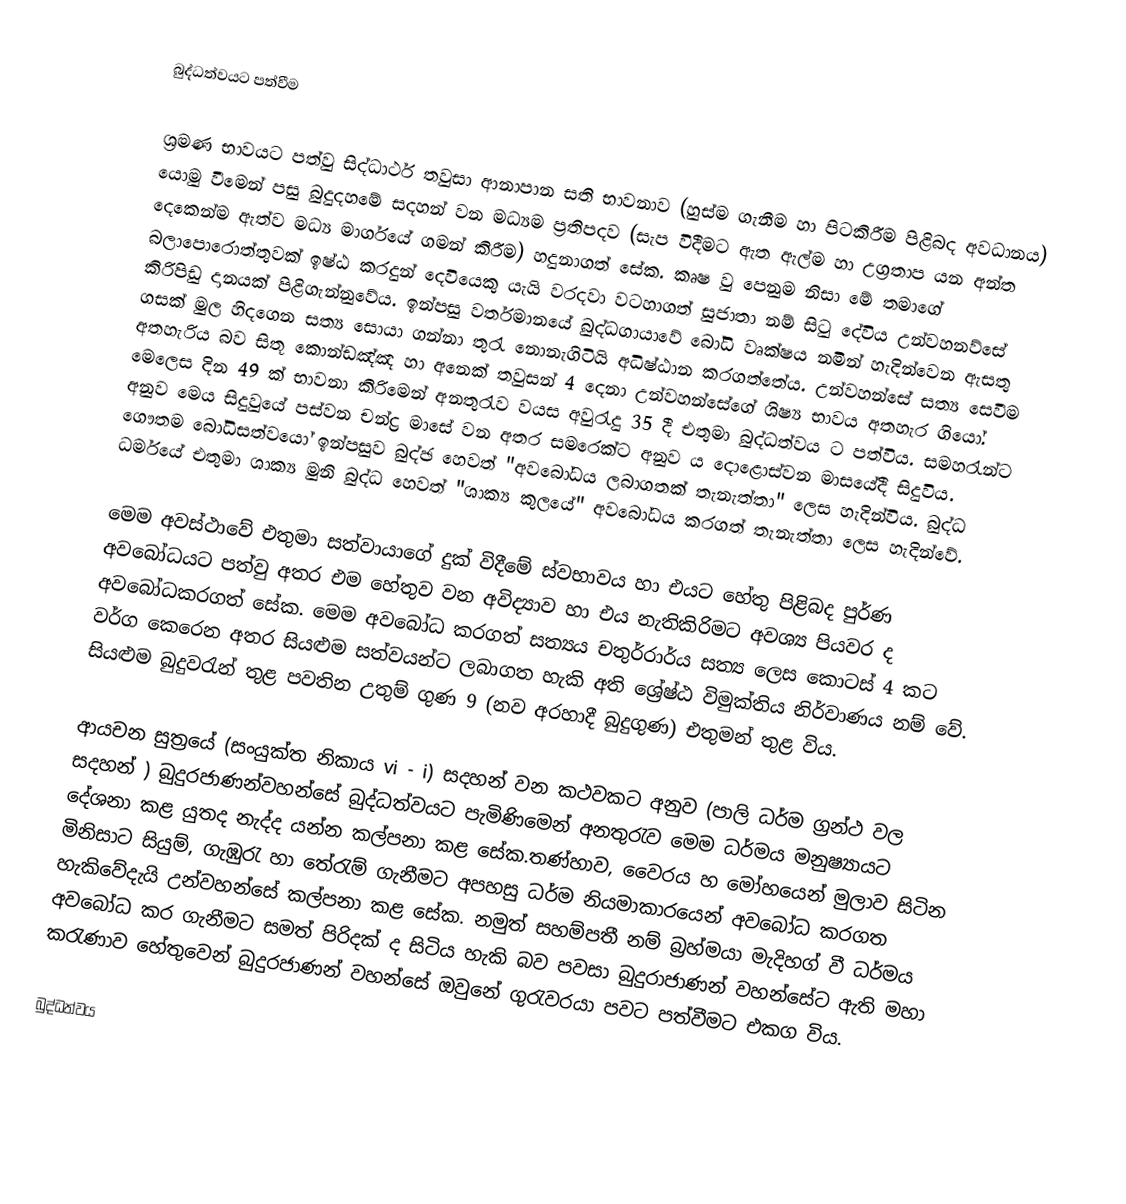
බුද්ධත්වයට පත්වීම

ශ්‍රමණ භාවයට පත්වු සිද්ධාර්ථ තවුසා ආනාපාන සති භාවනාව (හුස්ම ගැනීම හා පිටකිරීම පිළිබද අවධානය) යොමු වීමෙන් පසු බුදුදහමේ සදහන් වන මධ්‍යම ප්‍රතිපදව (සැප විදීමට ඇත ඇල්ම හා උග්‍රතාප යන අන්ත දෙකෙන්ම ඇත්ව මධ්‍ය මාර්ගයේ ගමන් කිරීම) හදුනාගත් සේක. කෘෂ වු පෙනුම නිසා මේ තමාගේ බලාපොරොත්තුවක් ඉෂ්ඨ කරදුන් දෙවියෙකු යැයි වරදවා වටහාගත් සුජාතා නම් සිටු දේවිය උන්වහනව්සේ කිරිපිඩු දානයක් පිළිගැන්නුවේය. ඉන්පසු වර්තමානයේ බුද්ධගායාවේ බෝධි වෘක්ෂය නමින් හැදින්වෙන ඇසතු ‍ගසක් මුල හිදගෙන සත්‍ය සොයා ගන්නා තුරැ නොනැගිටියි අධිෂ්ඨාන කරගත්තේය. උන්වහන්සේ සත්‍ය සෙවීම අතහැරිය බව සිතූ කොන්ඩඤ්ඤ හා අනෙක් තවුසන් 4 දෙනා උන්වහන්සේගේ ශිෂ්‍ය භාවය අතහැර ගියෝ. මෙලෙස දින 49 ක් භාවනා කිරිමෙන් අනතුරැව වයස අවුරැදු 35 දී එතුමා බුද්ධත්වය ට පත්විය. සමහරැන්ට අනුව මෙය සිදුවුයේ පස්වන චන්ද්‍ර මාසේ වන අතර සමරෙක්ට අනුව ය දොළොස්වන මා‍සයේදී සිදුවිය. ගෞතම බෝධිසත්වයෝ ඉන්පසුව බුද්ඡ හෙවත් "අවබෝධය ලබාගතක් තැනැත්තා" ලෙස හැදින්විය. බුද්ධ ධර්මයේ එතුමා‍ ශාක්‍ය මුනි බුද්ධ හෙවත් "ශාක්‍ය කුලයේ" අවබෝධය කරගත් තැනැත්තා ලෙස හැදින්වේ.

	මෙම අවස්ථාවේ එතුමා සත්වායාගේ දුක් විදීමේ ස්වභාවය හා එයට හේතු පිළිබද පුර්ණ අවබෝධයට පත්වු අතර එම හේතුව වන අවිද්‍යාව හා එය නැතිකිරිමට අවශ්‍ය පියවර ද අවබෝධකරගත් සේක. මෙම අවබෝධ කරගත් සත්‍යය චතුර්රාර්ය සත්‍ය ලෙස කොටස් 4 කට වර්ග කෙරෙන අතර සියළුම සත්වයන්ට ලබාගත හැකි අති ශ්‍රේෂ්ඨ විමුක්තිය නිර්වාණය නම් වේ. සියළුම බුදුවරැන් තුළ පවතින උතුම් ගුණ 9 (නව අරහාදී බුදුගුණ) එතුමන් තුළ විය.

ආයචන සුත්‍රයේ (සංයුක්ත නිකාය vi - i) සදහන් වන කථවකට අනුව (පාලි ධර්ම ග්‍රන්ථ වල සදහන් ) බුදුරජාණන්වහන්සේ බුද්ධත්වයට පැමිණිමෙන් අනතුරැව මෙම ධර්මය මනුෂ්‍යායට දේශනා කළ යුතද නැද්ද යන්න කල්පනා කළ සේක.තණ්හාව, වෛරය හ මෝහයෙන් මුලාව සිටින මිනිසාට සියුම්, ගැඹුරැ හා තේරැම් ගැනීමට අපහසු ධර්ම නියමාකාරයෙන් අවබෝධ කරගත හැකිවේදැයි උන්වහන්සේ කල්පනා කළ සේක. නමුත් සහම්පතී නම් බ්‍රහ්මයා මැදිහග් වී ධර්මය අවබෝධ කර ගැනීමට සමත් පිරිදක් ද සිටිය හැකි බව පවසා බුදුරාජාණන් වහන්සේට ඇති මහා කරැණාව හේතුවෙන් බුදුරජාණන් වහන්සේ ඔවුනේ ගුරැවරයා පවට පත්වීමට එකග විය.

බුද්ධත්වය